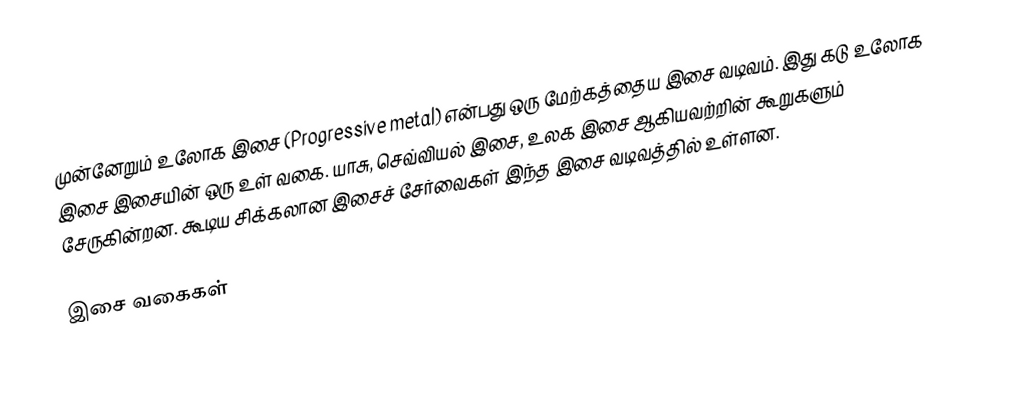
முன்னேறும் உலோக இசை (Progressive metal) என்பது ஒரு மேற்கத்தைய இசை வடிவம். இது கடு உலோக இசை இசையின் ஒரு உள் வகை. யாசு, செவ்வியல் இசை, உலக இசை ஆகியவற்றின் கூறுகளும் சேருகின்றன. கூடிய சிக்கலான இசைச் சேர்வைகள் இந்த இசை வடிவத்தில் உள்ளன.

இசை வகைகள்